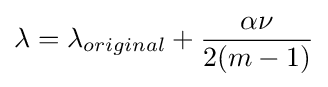
\lambda =\lambda _{original}+{\frac {\alpha \nu }{2(m-1)}}